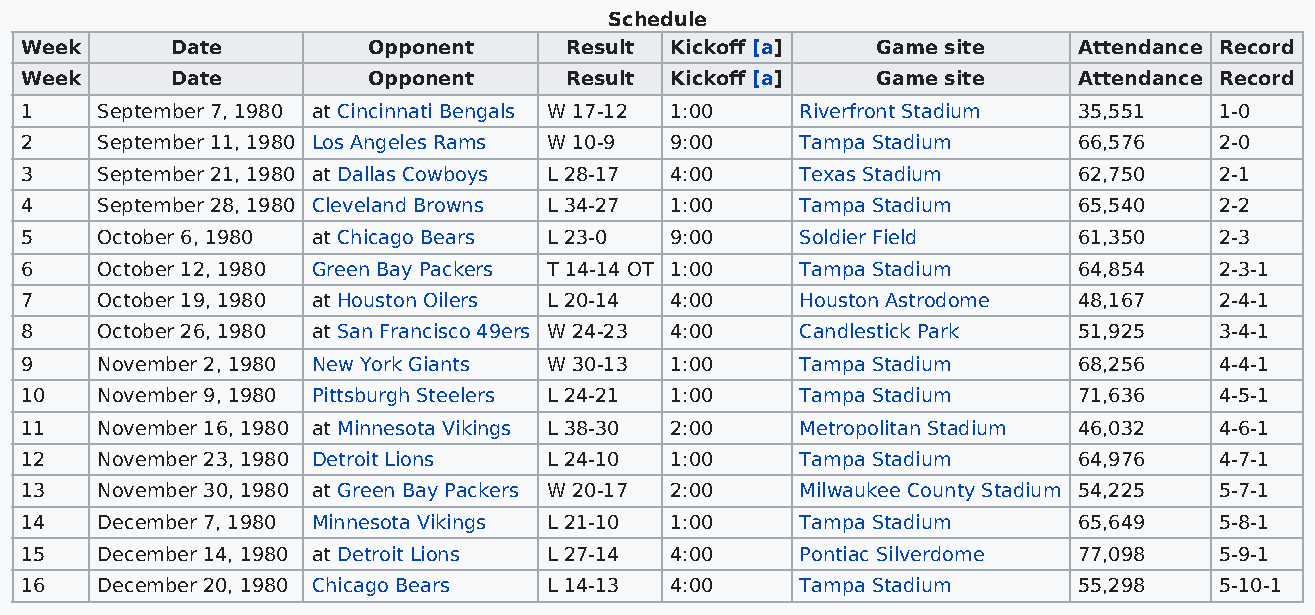
Schedule
 Week      Date         Opponent     Result Kickoff [a]   Game site    Attendance Record
 Week      Date         Opponent     Result Kickoff [a]   Game site    Attendance Record
 1    September 7, 1980 at Cincinnati Bengals W 17-12 1:00 Riverfront Stadium 35,551 1-0
 2    September 11, 1980 Los Angeles Rams W 10-9 9:00 Tampa Stadium    66,576    2-0
 3    September 21, 1980 at Dallas Cowboys L 28-17 4:00 Texas Stadium  62,750    2-1
 4    September 28, 1980 Cleveland Browns L 34-27 1:00 Tampa Stadium   65,540    2-2
 5    October 6, 1980 at Chicago Bears L 23-0 9:00   Soldier Field     61,350    2-3
 6    October 12, 1980 Green Bay Packers T 14-14 OT 1:00 Tampa Stadium 64,854    2-3-1
 7    October 19, 1980 at Houston Oilers L 20-14 4:00 Houston Astrodome 48,167   2-4-1
 8    October 26, 1980 at San Francisco 49ers W 24-23 4:00 Candlestick Park 51,925 3-4-1
 9    November 2, 1980 New York Giants W 30-13 1:00  Tampa Stadium     68,256    4-4-1
 10   November 9, 1980 Pittsburgh Steelers L 24-21 1:00 Tampa Stadium  71,636    4-5-1
 11   November 16, 1980 at Minnesota Vikings L 38-30 2:00 Metropolitan Stadium 46,032 4-6-1
 12   November 23, 1980 Detroit Lions L 24-10 1:00   Tampa Stadium     64,976    4-7-1
 13   November 30, 1980 at Green Bay Packers W 20-17 2:00 Milwaukee County Stadium 54,225 5-7-1
 14   December 7, 1980 Minnesota Vikings L 21-10 1:00 Tampa Stadium    65,649    5-8-1
 15   December 14, 1980 at Detroit Lions L 27-14 4:00 Pontiac Silverdome 77,098  5-9-1
 16   December 20, 1980 Chicago Bears L 14-13 4:00   Tampa Stadium     55,298    5-10-1